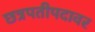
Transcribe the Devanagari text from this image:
छत्रपतीपदावर